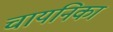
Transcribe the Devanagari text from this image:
चायनिका